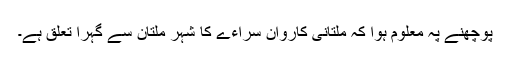
پوچھنے پہ معلوم ہوا کہ ملتانی کاروان سراءے کا شہر ملتان سے گہرا تعلق ہے۔